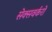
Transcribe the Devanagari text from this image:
सेक्सवर्करों